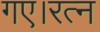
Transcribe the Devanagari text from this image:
गए।रत्न